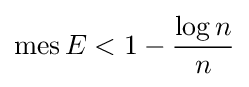
\operatorname {mes} E<1-{\frac {\log n}{n}}